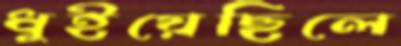
ধুইয়েছিলে